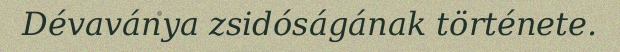
Dévaványa zsidóságának története.